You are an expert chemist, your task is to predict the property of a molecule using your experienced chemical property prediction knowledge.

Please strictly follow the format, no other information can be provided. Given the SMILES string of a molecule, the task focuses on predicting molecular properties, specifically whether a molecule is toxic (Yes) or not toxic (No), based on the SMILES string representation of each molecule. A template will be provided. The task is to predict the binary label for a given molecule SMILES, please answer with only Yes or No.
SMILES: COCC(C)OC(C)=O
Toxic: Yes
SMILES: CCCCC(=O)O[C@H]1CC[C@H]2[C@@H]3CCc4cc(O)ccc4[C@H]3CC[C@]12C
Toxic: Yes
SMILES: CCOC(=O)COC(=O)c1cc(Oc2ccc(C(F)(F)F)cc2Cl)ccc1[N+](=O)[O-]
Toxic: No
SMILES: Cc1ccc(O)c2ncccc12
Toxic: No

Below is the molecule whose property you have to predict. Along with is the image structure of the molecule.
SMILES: Cc1c(F)cc2c(=O)c(C(=O)O)cn3c2c1CCC3C
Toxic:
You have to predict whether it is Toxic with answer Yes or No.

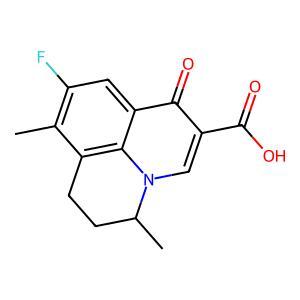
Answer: No